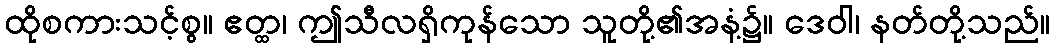
ထိုစကားသင့်စွ။ ဧတ္ထ၊ ဤသီလရှိကုန်သော သူတို့၏အနံ့၌။ ဒေဝါ၊ နတ်တို့သည်။